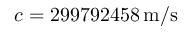
c = 2 9 9 7 9 2 4 5 8 \, { \mathrm { m / s } }